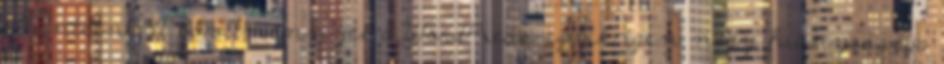
eltüntetni. A bővítménnyel a WordPress egyik igen nagy hiányossága